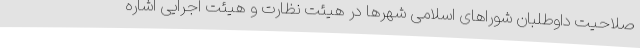
صلاحیت داوطلبان شوراهای اسلامی شهرها در هیئت نظارت و هیئت اجرایی اشاره